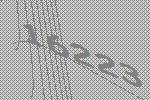
16223